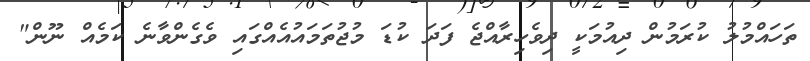
ތަހައްމުލު ކުރަމުން ދިއުމަކީ ދިވެހިރާއްޖެ ފަދަ ކުޑަ މުޖުތަމައުއެއްގައި ވެގެންވާނެ ކަމެއް ނޫން"